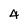
Character: 4